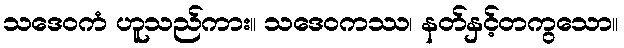
သဒေဝကံ ဟူသည်ကား။ သဒေဝကဿ၊ နတ်နှင့်တကွသော။